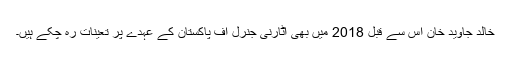
خالد جاوید خان اس سے قبل 2018 میں بھی اٹارنی جنرل آف پاکستان کے عہدے پر تعینات رہ چکے ہیں۔